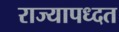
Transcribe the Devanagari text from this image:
राज्यापध्दत